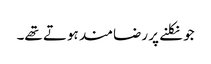
جو نکلنے پر رضامند ہوتے تھے۔